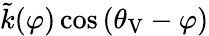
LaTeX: \tilde{k}(\varphi)\cos{(\theta_{\mathrm{V}}-\varphi)}